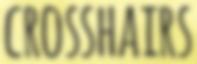
CROSSHAIRS